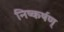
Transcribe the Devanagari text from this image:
निष्कर्षण्